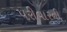
પરીવારની